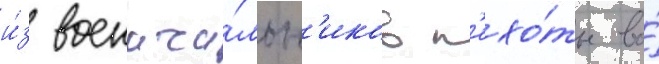
и́з военача́льн'иков п'ехо́ты во́